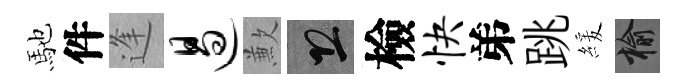
馳件逢遏歉恐檢快弟跳緩榆